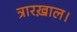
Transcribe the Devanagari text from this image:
त्रारख़ाल।